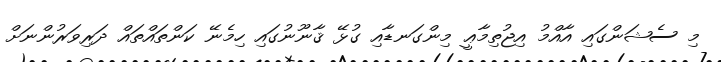
މި ސެޝަންގައި އާއްމު އިޖުތިމާޢީ މިންގަނޑާއި ގުޅޭ ޤާނޫނުގައި ހިމެނޭ ކަންތައްތައް ދަރިވަރުންނަށް